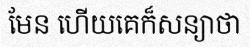
មែន ហើយគេក៏សន្យាថា